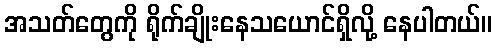
အသတ်တွေကို ရိုက်ချိုးနေသယောင်ရှိလို့ နေပါတယ်။